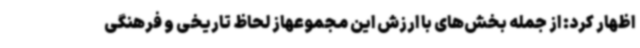
اظهار کرد: از جمله بخش‌های با ارزش این مجموعهاز لحاظ تاریخی و فرهنگی